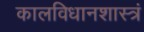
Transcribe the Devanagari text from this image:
कालविधानशास्त्रं